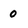
Character: 0